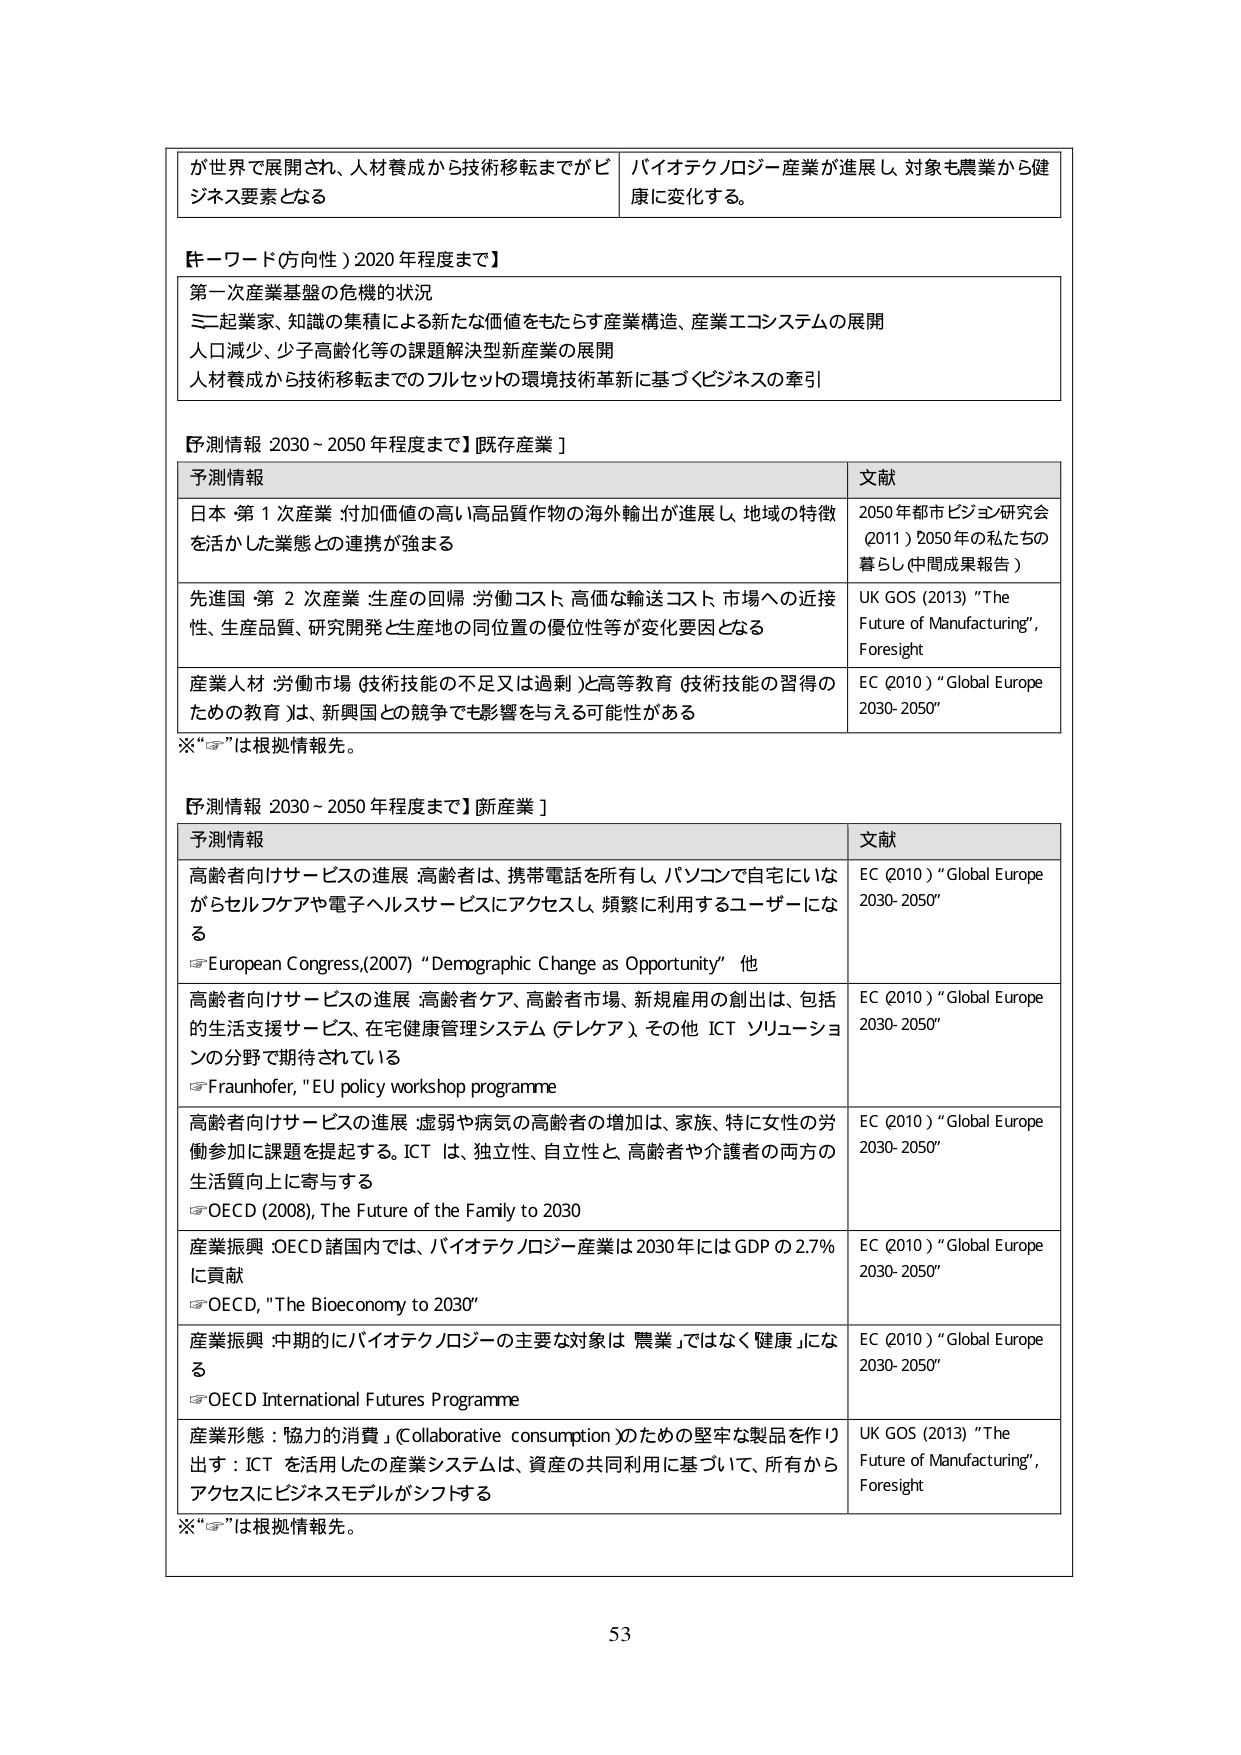
が世界で展開され、人材養成から技術移転までがビジネス要素となる
バイオテクノロジー産業が進展し、対象も農業から健康に変化する。

【キーワード（方向性）2020年程度まで】
第一次産業基盤の危機的状況
ミニ起業家、知識の集積による新たな価値をもたらす産業構造、産業エコシステムの展開
人口減少、少子高齢化等の課題解決型新産業の展開
人材養成から技術移転までのフルセットの環境技術革新に基づくビジネスの牽引

【予測情報 2030～2050年程度まで】【既存産業】
予測情報